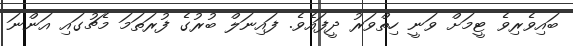
ބައިވެރިވެ ޓީމަށް ވަނީ ހިތްވަރު ދީފައެވެ. ފައިނަލް ބުރުގެ ފުރަތަމަ މެޗުގައި އަންނަ